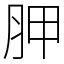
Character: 胛